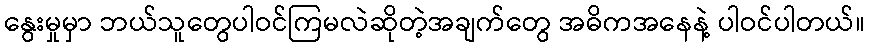
နွေးမှုမှာ ဘယ်သူတွေပါဝင်ကြမလဲဆိုတဲ့အချက်တွေ အဓိကအနေနဲ့ ပါဝင်ပါတယ်။